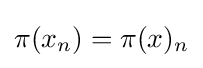
\pi (x_{n})=\pi (x)_{n}